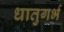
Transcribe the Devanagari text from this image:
धातुगर्भ